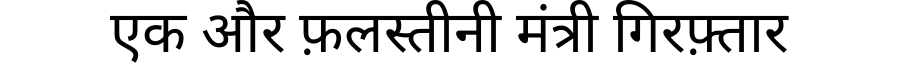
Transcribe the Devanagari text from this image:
एक और फ़लस्तीनी मंत्री गिरफ़्तार